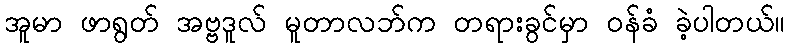
အူမာ ဖာရွတ် အဗ္ဗဒူလ် မူတာလဘ်က တရားခွင်မှာ ဝန်ခံ ခဲ့ပါတယ်။